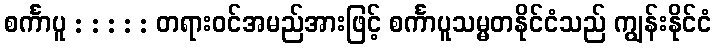
စင်္ကာပူ : : : : : တရားဝင်အမည်အားဖြင့် စင်္ကာပူသမ္မတနိုင်ငံသည် ကျွန်းနိုင်ငံ